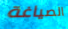
الصياغة